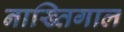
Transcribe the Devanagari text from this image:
नाख्तिगाल